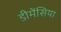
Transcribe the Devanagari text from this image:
डीमेंसिया